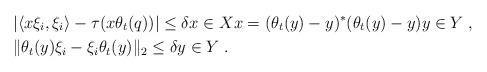
LaTeX: \begin{align*}&|\langle x\xi_i,\xi_i\rangle-\tau(x\theta_t(q))|\leq\delta x\in Xx=(\theta_t(y)-y)^\ast(\theta_t(y)-y)y\in Y \; ,\\&\|\theta_t(y)\xi_{i}-\xi_{i}\theta_t(y)\|_2\leq\delta y\in Y \; .\end{align*}